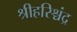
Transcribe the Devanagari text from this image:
श्रीहरिश्चंद्र